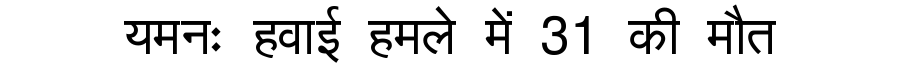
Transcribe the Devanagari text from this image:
यमनः हवाई हमले में 31 की मौत